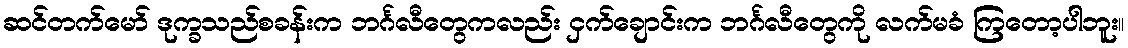
ဆင်တက်မော် ဒုက္ခသည်စခန်းက ဘင်္ဂလီတွေကလည်း ငှက်ချောင်းက ဘင်္ဂလီတွေကို လက်မခံ ကြတော့ပါဘူး။